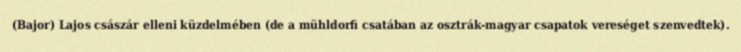
(Bajor) Lajos császár elleni küzdelmében (de a mühldorfi csatában az osztrák-magyar csapatok vereséget szenvedtek).